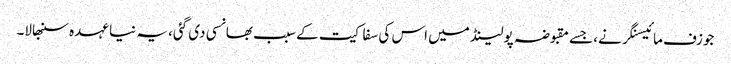
جوزف مائیسنگر نے، جسے مقبوضہ پولینڈ میں اس کی سفاکیت کے سبب بھانسی دی گئی، یہ نیا عہدہ سنبھالا۔